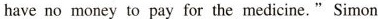
have no money to pay for the medicine." Simon laughed,